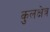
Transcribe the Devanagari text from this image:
कुलक्षेत्र